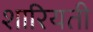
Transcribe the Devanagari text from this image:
शारियती